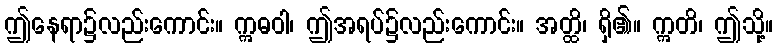
ဤနေရာ၌လည်းကောင်း။ ဣဓဝါ၊ ဤအရပ်၌လည်းကောင်း။ အတ္ထိ၊ ရှိ၏။ ဣတိ၊ ဤသို့။